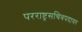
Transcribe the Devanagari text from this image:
परराष्ट्रसचिवपदावर